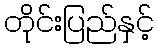
တိုင်းပြည်နှင့်